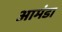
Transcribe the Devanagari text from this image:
आमंडा